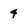
Character: 4